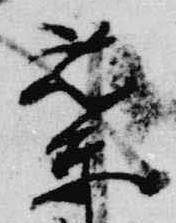
蘭